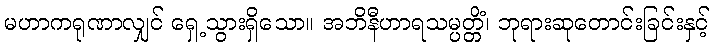
မဟာကရုဏာလျှင် ရှေ့သွားရှိသော။ အဘိနီဟာရသမ္ပတ္တိံ၊ ဘုရားဆုတောင်းခြင်းနှင့်